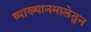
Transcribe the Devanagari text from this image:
व्याख्यानमालेतुन